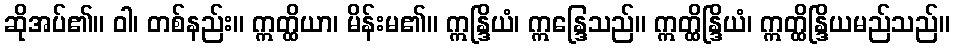
ဆိုအပ်၏။ ဝါ၊ တစ်နည်း။ ဣတ္ထိယာ၊ မိန်းမ၏။ ဣန္ဒြိယံ၊ ဣန္ဒြေသည်။ ဣတ္ထိန္ဒြိယံ၊ ဣတ္ထိန္ဒြိယမည်သည်။